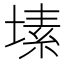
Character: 塐